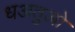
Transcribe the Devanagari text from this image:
धअतुओ